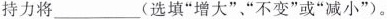
持力将___(选填”增大””不变”或”减小”)。